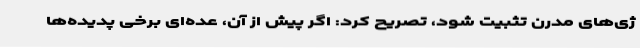
ژی‌های مدرن تثبیت شود، تصریح کرد: اگر پیش از آن، عده‌ای برخی پدیده‌ها